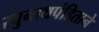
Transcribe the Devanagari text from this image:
रघुनाथपंडिताने